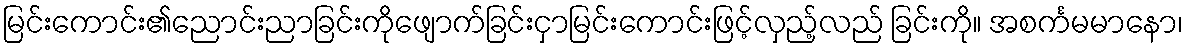
မြင်းကောင်း၏ညောင်းညာခြင်းကိုဖျောက်ခြင်းငှာမြင်းကောင်းဖြင့်လှည့်လည် ခြင်းကို။ အစင်္ကမမာနော၊